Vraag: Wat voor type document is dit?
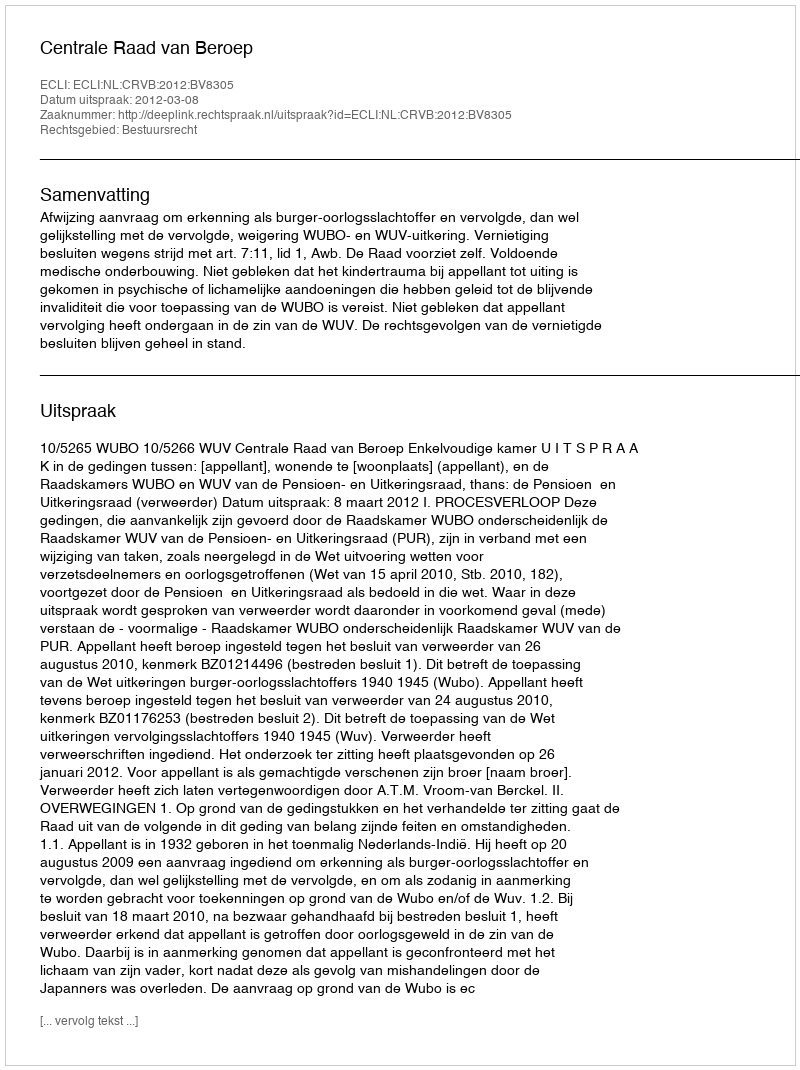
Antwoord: Uitspraak